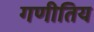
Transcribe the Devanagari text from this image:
गणीतिय